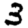
Digit: 3